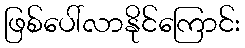
ဖြစ်ပေါ်လာနိုင်ကြောင်း